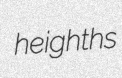
heighths